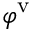
\varphi ^ { \mathrm { v } }